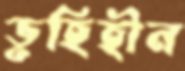
ভূহিহীন